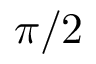
\pi / 2